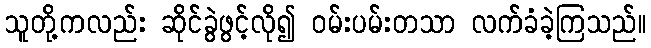
သူတို့ကလည်း ဆိုင်ခွဲဖွင့်လို၍ ဝမ်းပမ်းတသာ လက်ခံခဲ့ကြသည်။